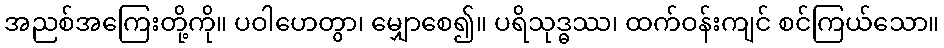
အညစ်အကြေးတို့ကို။ ပဝါဟေတွာ၊ မျှောစေ၍။ ပရိသုဒ္ဓဿ၊ ထက်ဝန်းကျင် စင်ကြယ်သော။